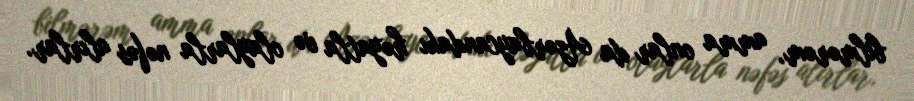
bilmərəm, amma onlar da Azərbaycandakı həyatla və olaylarla nəfəs alırlar.